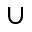
\cup